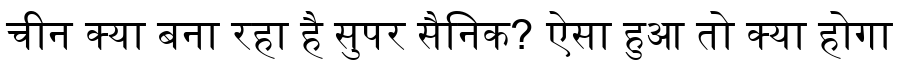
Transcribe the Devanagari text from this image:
चीन क्या बना रहा है सुपर सैनिक? ऐसा हुआ तो क्या होगा